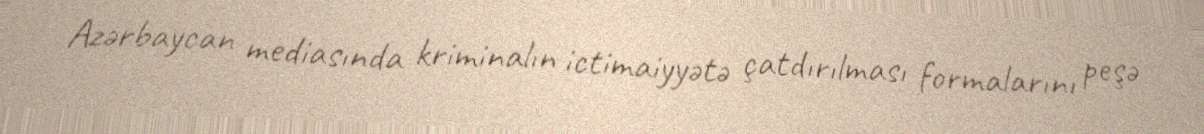
Azərbaycan mediasında kriminalın ictimaiyyətə çatdırılması formalarını peşə